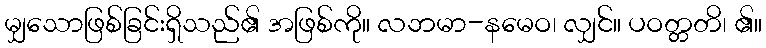
မျှသောဖြစ်ခြင်းရှိသည်၏ အဖြစ်ကို။ လဘမာ-နမေဝ၊ လျှင်။ ပဝတ္တတိ၊ ၏။